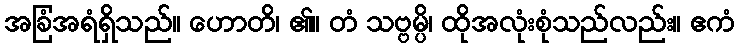
အခြံအရံရှိသည်။ ဟောတိ၊ ၏။ တံ သဗ္ဗမ္ပိ၊ ထိုအလုံးစုံသည်လည်း။ ဧကံ